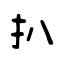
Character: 扒